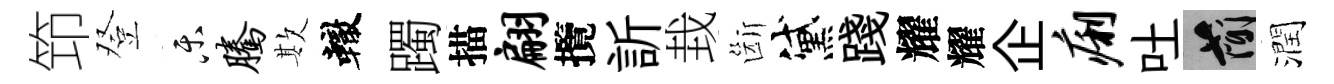
笻登乐腾欺轍躅描翩攬訢㘽斷黛踐耀耀企痢吐簡潤